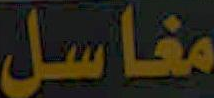
مغاسل